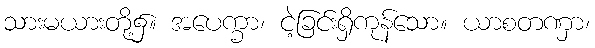
သားမယားတို့၌။ အပေက္ခာ၊ ငဲ့ခြင်းရှိကုန်သော။ ယာစတဏှာ၊